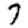
Digit: 7